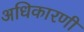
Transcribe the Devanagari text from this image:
अधिकारणी